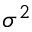
\sigma ^ { 2 }